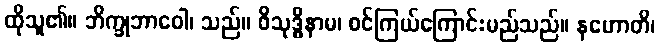
ထိုသူ၏။ ဘိက္ခုဘာဝေါ၊ သည်။ ဝိသုဒ္ဓိနာမ၊ စင်ကြယ်ကြောင်းမည်သည်။ နဟောတိ၊